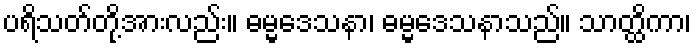
ပရိသတ်တို့အားလည်း။ ဓမ္မဒေသနာ၊ ဓမ္မဒေသနာသည်။ သာတ္ထိကာ၊